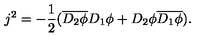
j ^ { 2 } = - \frac { 1 } { 2 } ( \overline { { D _ { 2 } \phi } } D _ { 1 } \phi + D _ { 2 } \phi \overline { { D _ { 1 } \phi } } ) .